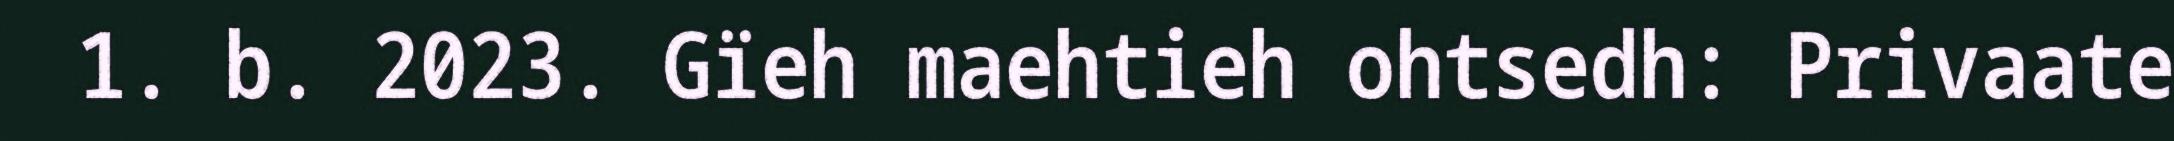
1. b. 2023. Gïeh maehtieh ohtsedh: Privaate